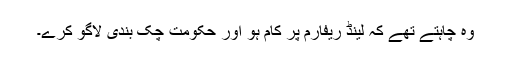
وہ چاہتے تھے کہ لینڈ ریفارم پر کام ہو اور حکومت چک بندی لاگو کرے۔